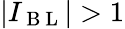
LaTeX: |I_{\mathrm{~B~L~}}|>1